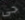
حى